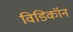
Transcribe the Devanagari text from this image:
विडिकॉन